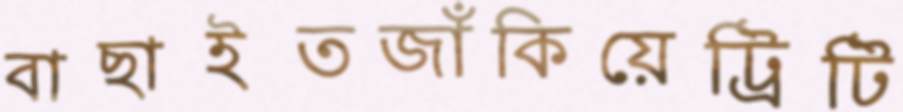
বাছাইতজাঁকিয়েট্রিটি